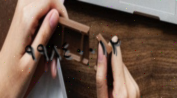
٩٩٨٤٠٠١٢